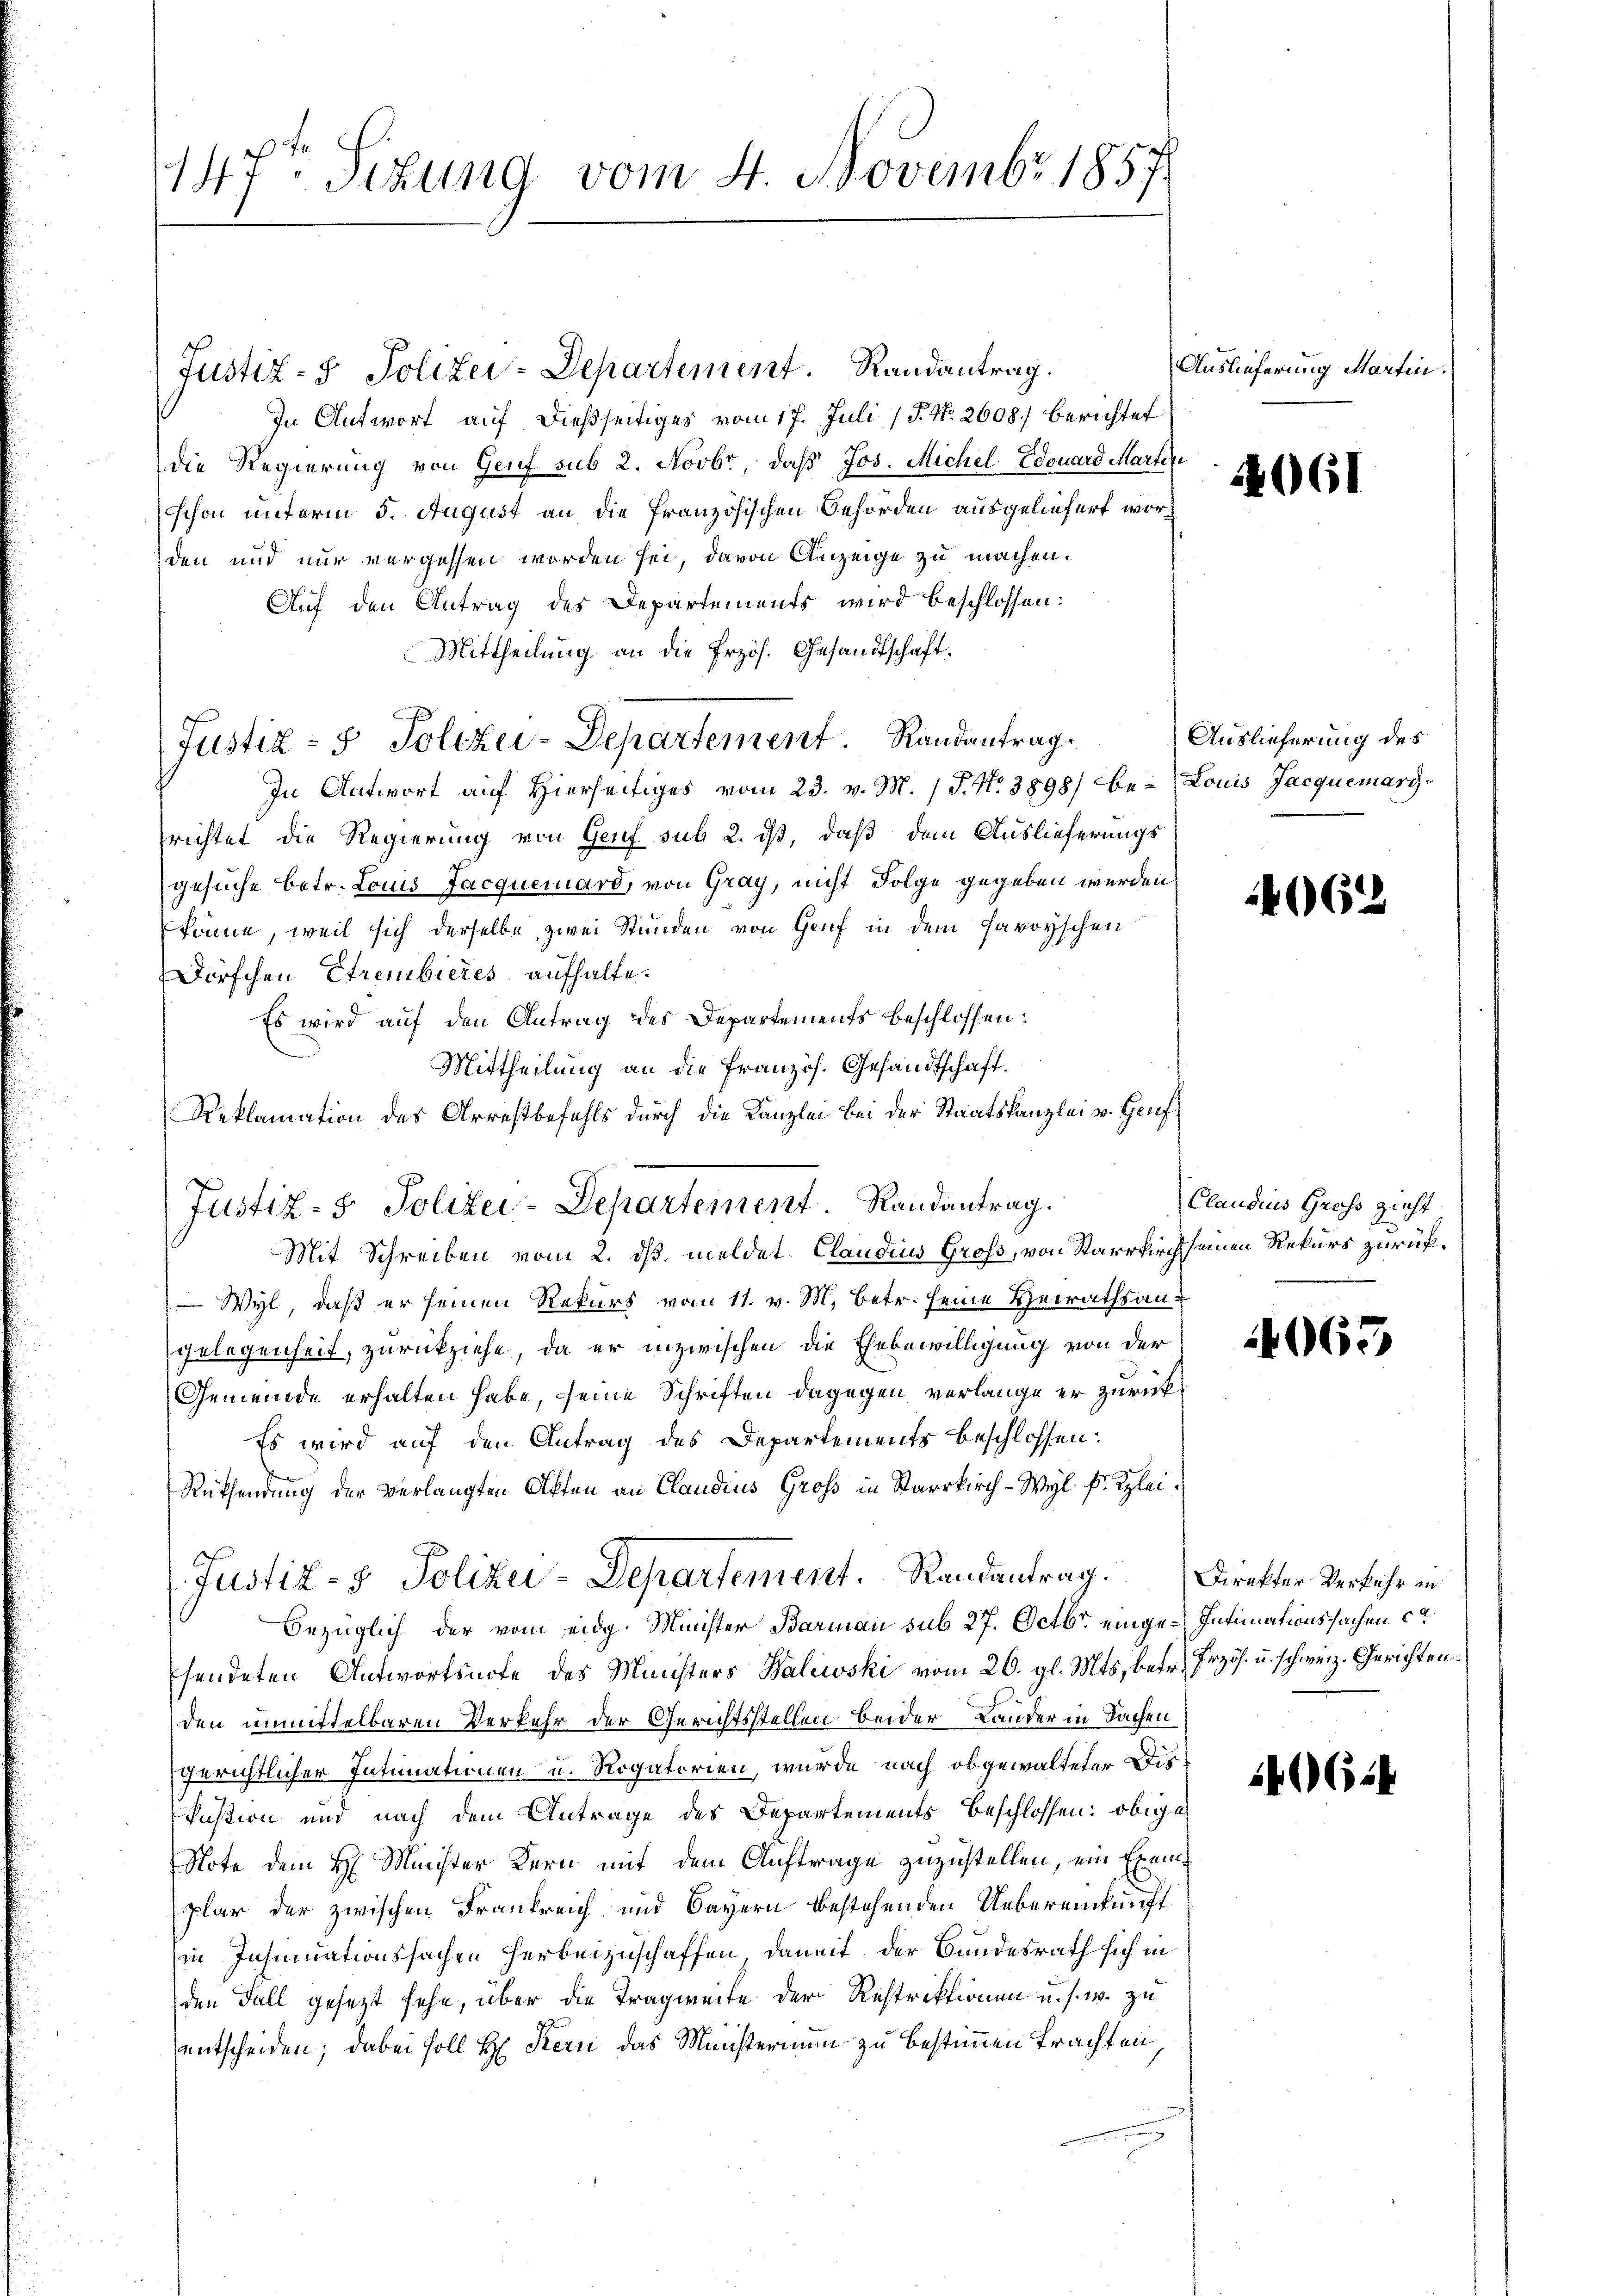
147t Sitzung vom 4. Novembr 1857.

Justiz- & Polizei-Departement. Randantrag.
In Antwort auf dießseitiges vom 17. Juli (§. No. 2608) berichtet
die Regierung von Genf sub 2. Novbr, daβ Jos. Michel Edouard Martir
schon unterm 5. August an die französischen Behörden ausgeliefert worden und nur vergessen worden sei, davon Anzeige zu machen.
Auf den Antrag des Departements wird beschlossen:
Mittheilung an die Erzös. Gesandtschaft.
Justiz - 5 Solcher-Departement. Randantrag
In Antwort auf Hierseitiges vom 23. v. M. P. Nr. 3898) be- Louis Jacquemary-
richtet die Regierung von Genf sub 2. ds, daß dem Auslieferungs
gesuche betr. Louis Jacquerard, von Gray, nicht Folge gegeben werden,
könne, weil sich derselbe zwei Stunden von Genf in dem savoyischen
Dörfchen Etrembieres aufhalte.
Es wird auf den Antrag des Departements beschlossen:
Mittheilung an die Französ. Gesandtschaft.
Reklamation des Arrestbefehls durch die Kanzlei bei der Staatskanzlei v. Genf
Mit Schreiben vom 2. dß. meldet Claudius Gross, von Starrkirch seinen Rekurs zurück¬
Wyl, daß er seinen Rekurs vom 11. v. M. Betr. seine Heirathsangelegenheit, zurückziehe, da er inzwischen die Ehebewilligung von der
Gemeinde erhalten habe, seine Schriften dagegen verlange er zurück¬
Es wird auf den Antrag des Departements beschlossen:
Rüksendung der verlangten Aften an Claudius Groß in Starrkirch-Wyl f. Klei¬
Justiz- & Polizei-Departement. Randantrag. Direkter Verkehr in
bezüglich der vom eidg. Minister Barmann sub 27. Octbr. einge-Intimationssachen ca
sendeten Antwortsecte des Ministers Balewski vom 26. gl. Mts., betr. Erzös. u. schweiz. Gerichten.
den unmittelbaren Verkehr der Gerichtsstellen beider Lander in Sachen
gerichtlicher Intimationen u. Rogatorien, wurde nach obgewalteter Dis¬
Festion und nach dem Antrage des Departements beschlossen: obige
Note dem H. Minister Kern mit dem Auftrage zuzustellen, ein Exemplar der zwischen Frankreich und Bayern bestehenden Uebereinkunft
in Inhmuationssachen Herbeizuschaffen, damit der Bundesrath sich in
den Fall gesetzt sehe, über die Tragweite der Restriktionen u. s. w. zu
entscheiden; dabei soll H. Kern das Münsterium zu bestimmen trachten

Justiz- & Polizei-Departement Randantrag.

Auslieferung Martin.

4061

Auslieferung des

4062

Claudius Gross zieht

4065

4624